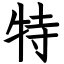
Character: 特